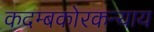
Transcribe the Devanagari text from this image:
कदम्बकोरकन्याय